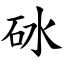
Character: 砅